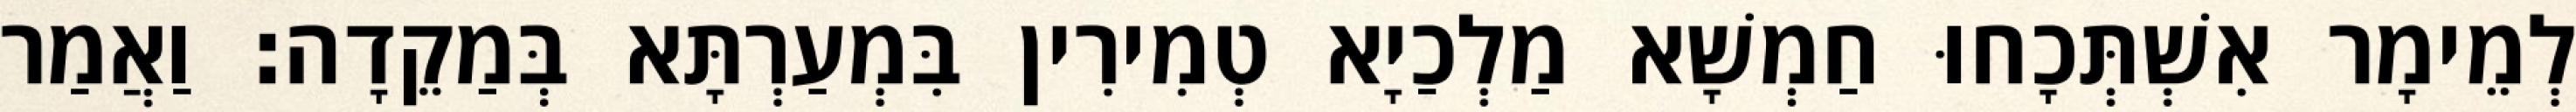
לְמֵימָר אִשְׁתְּכָחוּ חַמְשָׁא מַלְכַיָא טְמִירִין בִּמְעַרְתָּא בְּמַקֵדָה׃ וַאֲמַר